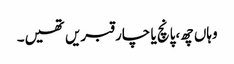
وہاں چھ،پانچ یا چار قبریں تھیں۔